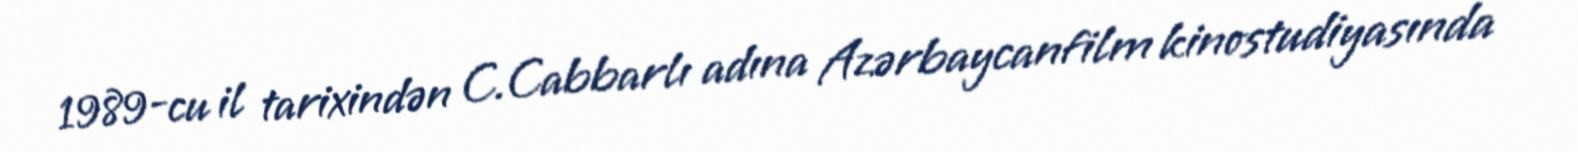
1989-cu il tarixindən C.Cabbarlı adına Azərbaycanfilm kinostudiyasında